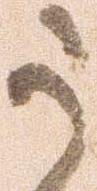
う